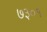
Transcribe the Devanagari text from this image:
७३०१